Report on vaccination in Madras 1877-1894 - 1877-1894
Year: 1877
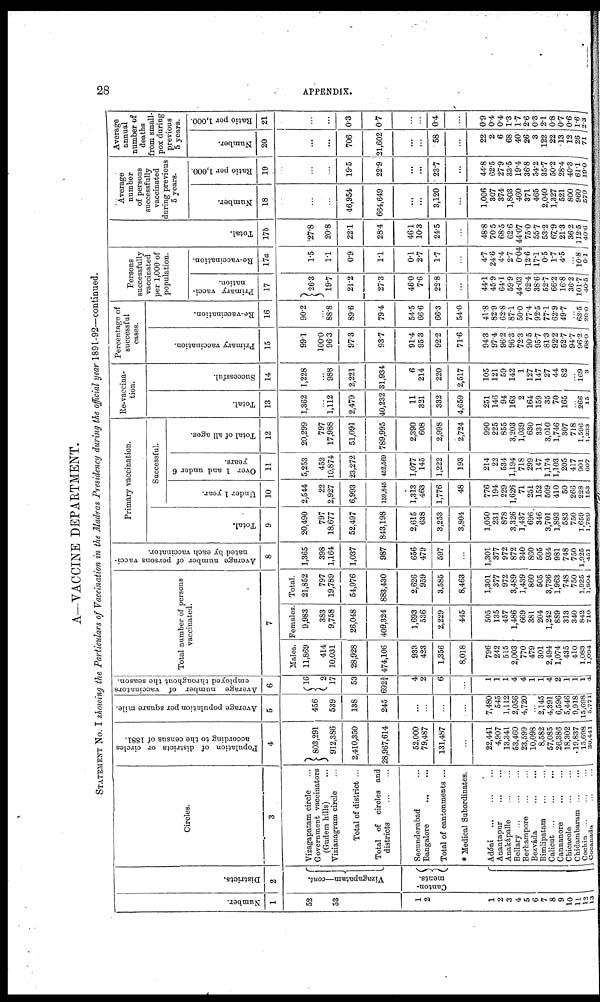
28
APPENDIX.
A—VACCINE DEPARTMENT.
STATEMENT No. I showing the Particulars of Vaccination in the Madras Presidency during the official year 1891-92—continued.
Number.
1
52
53
1
2
1
2
3
4
5
6
7
8
9
10
11
12
13
Districts.
2
Vizagapatam—cont.
Canton-
ments.
Circles.
3
Vizagapatam circle ...
Government vaccinators
(Gudem bills) ...
Vizianagrum circle ...
Total of district ...
Total of circles and
districts
...
...
Secunderabad ...
Bangalore
...
...
Total of cantonments ...
* Medical Subordinates.
Adóni
...
...
...
Anantapur
...
...
Anakápalle
...
...
Bellary
...
...
...
Berhampore
...
...
Bezváda
...
...
Bimlipatam
...
...
Calicut
...
...
...
Cannanore
...
...
Chicacole ... ...
Chidambaram ...
Cochin ... ... ...
Cocanada ... ......
Population of districts or circles
according to the census of 1881.
4
803,291
912,386
2,410,350
28,967,614
52,000
79,487
131,487
...
22,441
4,907
13,341
53,460
23,599
10,098
8,582
57,085
26,386
18,302
19,837
15,698
30,441
Average population per square mile.
5
456
539
138
245
...
...
...
...
7,480
545
1,112
2,056
4,720
...
2,145
4,391
6,596
5,446
9,918
15,698
5,771
Average number of vaccinators
employed throughout the season.
6
16
2
17
53
692¾
4
2
6
...
1
1
1
4
4
1
1
4
2
1
1
1
4
Total number of persons
vaccinated.
7
Males.
11,869
414
10,031
28,928
474,106
933
423
1,356
8,018
796
242
515
2,003
770
479
301
2,494
1,074
435
410
1,083
1,094
Females.
9,983
383
9,758
26,048
409,324
1,693
536
2,229
445
505
135
457
1,486
669
381
204
1,242
889
313
340
842
710
Total.
21,852
797
19,789
54,976
883,430
2,626
959
3,585
8,463
1,301
377
972
3,489
1,439
860
505
3,736
1,963
748
750
1,925
1,804
Average number of persons vacci-
nated by each vaccinator.
8
1,365
398
1,164
1,037
987
656
479
597
...
1,301
377
972
872
340
860
505
934
981
748
750
1,925
451
Primary vaccination.
Total.
9
20,490
797
18,677
52,497
843,198
2,615
638
3,253
3,804
1,050
231
878
3,326
1,437
696
346
3,701
1,893
583
750
1,659
1,789
Successful.
Under 1 year.
10
2,544
22
2,927
6,993
159,845
1,313
463
1,776
48
776
194
229
1,626
71
251
152
509
410
50
266
228
153
Over 1 and under 6
years.
11
5,253
452
10,874
23,272
452,569
1,077
145
1,222
193
214
22
534
1,194
718
299
147
1,174
1,103
205
417
901
607
Total of all ages.
12
20,299
797
17,988
51,091
789,995
2,390
608
2,998
2,724
990
225
855
3,203
1,039
630
331
3,010
1,746
307
718
1,596
1,233
Re-vaccina-
tion.
Total.
13
1,362
...
1,112
2,479
40,232
11
321
332
4,659
251
146
94
163
2
164
159
35
70
165
...
266
15
Successful.
14
1,228
...
988
2,221
31,934
6
214
220
2,517
105
121
59
142
1
127
147
27
44
82
...
169
3
Percentage of
successful
cases.
Primary vaccination.
15
99.1
100.0
96.3
97.3
93.7
91.4
95.3
92.2
71.6
94.3
97.4
96.2
96.3
72.3
90.5
95.7
81.3
92.2
52.7
94.7
96.2
68.9
Re-vaccination.
16
90.2
...
88.8
89.6
79.4
54.5
66.6
66.3
54.0
41.8
82.9
62.8
87.1
50.0
77.4
92.5
77.1
62.9
49.7
...
63.5
20.0
Persons
successfully
vaccinated
per 1,000 of
population.
Primary vacci-
nation.
17
26.3
19.7
21.2
27.3
46.0
7.6
22.8
...
44.1
45.9
64.1
59.9
44.03
62.4
38.6
52.7
66.2
16.8
36.2
101.7
40.5
Re-vaccination.
17a
1.5
1.1
0.9
1.1
0.1
2.7
1.7
...
4.7
24.6
4.4
2.7
0.04
12.6
17.1
0.5
1.7
4.5
...
10.8
0.1
Total.
17b
27.8
20.8
22.1
28.4
46.1
10.3
24.5
...
48.8
70.5
68.5
62.6
44.07
75.0
55.7
53.2
67.9
21.3
36.2
112.5
40.6
Average
number
of persons
successfully
vaccinated
during previous
5 years.
Number.
18
...
...
46,954
664,649
...
...
3,120
...
1,006
307
374
1,803
460
371
465
2,040
1,327
521
800
960
579
Ratio per 1,000.
19
...
...
19.5
22.9
...
...
23.7
...
44.8
62.5
27.9
33.5
19.4
36.8
54.2
35.7
50.2
28.4
40.3
61.1
19.0
Average
annual
number of
deaths
from small-
pox during
previous
5 years.
Number.
20
...
...
706
21,602
...
...
58
...
22
2
6
68
40
26
3
122
22
13
12
26
71
Ratio per 1,000.
21
...
...
0.3
0.7
...
...
0.4
...
0.9
0.4
0.4
1.3
1.7
2.6
0.3
2.1
0.8
0.7
0.6
1.6
2.3